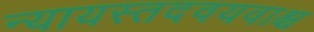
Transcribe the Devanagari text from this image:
न्यायस्तदवयवाश्च